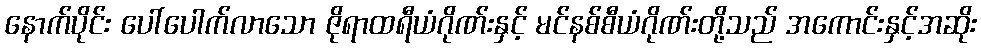
နောက်ပိုင်း ပေါ်ပေါက်လာသော ဇိုရာထရီယံဂိုဏ်းနှင့် မင်နစ်စီယံဂိုဏ်းတို့သည် အကောင်းနှင့်အဆိုး